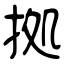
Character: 拠